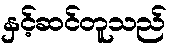
နှင့်ဆင်တူသည်